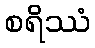
စရိဿံ